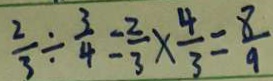
\frac { 2 } { 3 } \div \frac { 3 } { 4 } = \frac { 2 } { 3 } \times \frac { 4 } { 3 } = \frac { 8 } { 9 }